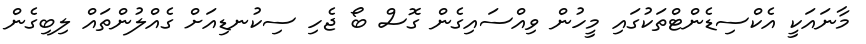
މާނައަކީ އެކްސިޑެންޓްތަކުގައި މީހުން ވިއްސައިގެން ގޮސް ބޯ ޖެހި ސިކުނޑިއަށް ގެއްލުންތައް ލިބިގެން